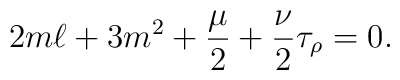
2 m \ell + 3m^2 +\frac{\mu}{2} + \frac{\nu}{2} \tau_{\rho}=0.